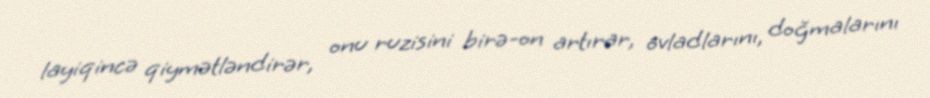
layiqincə qiymətləndirər, onu ruzisini birə-on artırar, övladlarını, doğmalarını